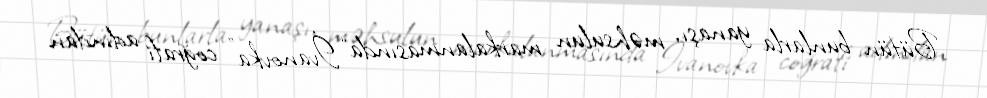
Bütün bunlarla yanaşı, məhsulun markalanmasında “İvanovka” coğrafi adından